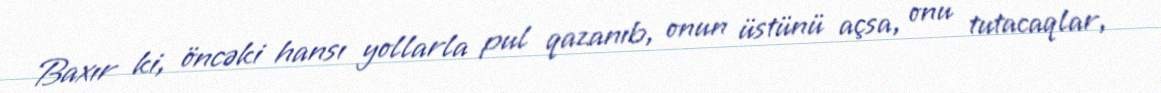
Baxır ki, öncəki hansı yollarla pul qazanıb, onun üstünü açsa, onu tutacaqlar,